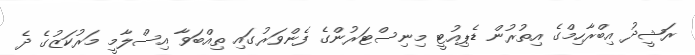
ރަޝީދު އިބްރާހިމްގެ އިތުރުން ޑެޕިއުޓީ މިނިސްޓަރުންގެ ފެންވަރުގައި ތިއްބަވާ އިސްލާމީ މަރުކަޒުގެ ދެ